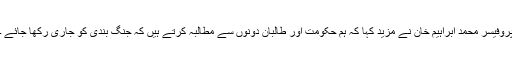
پروفیسر محمد ابراہیم خان نے مزید کہا کہ ہم حکومت اور طالبان دونوں سے مطالبہ کرتے ہیں کہ جنگ بندی کو جاری رکھا جائے ۔